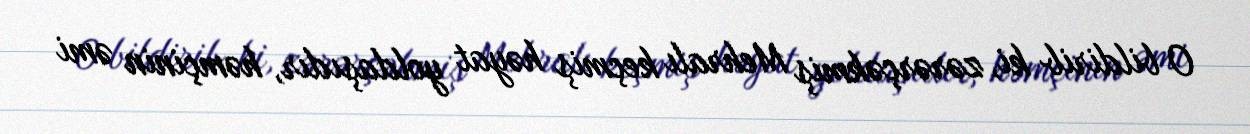
O bildirib ki, zərərçəkmiş Mehralı keçmiş həyat yoldaşıdır, həmçinin əmi